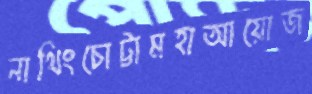
নাথিংচোট্টামহাআয়োজ